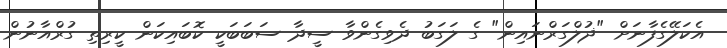
އެކަލޭގެފާނަށް "ޛުލްގަރްނައިން" ގެ ލަގަބު ދެވިގެންވާ ސީދާ ސަބަބަކީ ކޮބައިކަން ކީރިތި ގުރްއާނުން